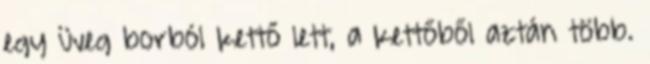
egy üveg borból kettő lett, a kettőből aztán több.